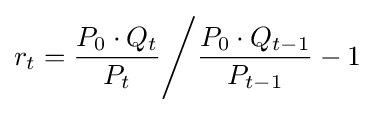
r_{t}={\frac {P_{0}\cdot Q_{t}}{P_{t}}}{\Bigg /}{\frac {P_{0}\cdot Q_{t-1}}{P_{t-1}}}-1